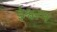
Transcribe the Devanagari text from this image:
ईश्वरम